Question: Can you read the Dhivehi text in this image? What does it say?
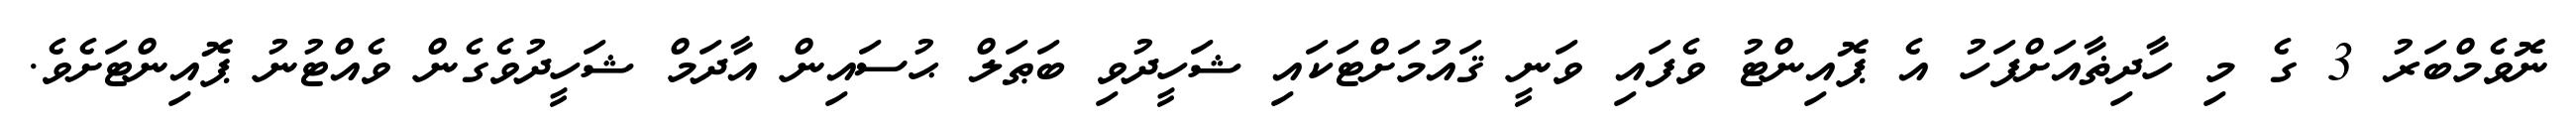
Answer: ނޮވެމްބަރު 3 ގެ މި ހާދިޡާއަށްފަހު އެ ޕޮއިންޓު ވެފައި ވަނީ ޤައުމަށްޓަކައި ޝަހީދުވި ބަޠަލް ޙުސައިން އާދަމް ޝަހީދުވެގެން ވެއްޓުނު ޕޮއިންޓަށެވެ.